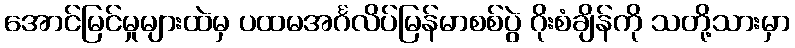
အောင်မြင်မှုများထဲမှ ပထမအင်္ဂလိပ်မြန်မာစစ်ပွဲ ဂိုးစံချိန်ကို သတို့သားမှာ